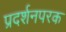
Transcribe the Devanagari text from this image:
प्रदर्शनपरक